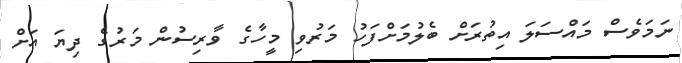
ނަމަވެސް މައްސަލަ އިތުރަށް ބެލުމަށްފަހު މަރުވި މީހާގެ ވާރިސުން މަރުގެ ދިޔަ އަށް